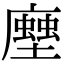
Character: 𧑢